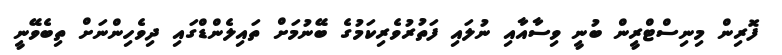
ފޮރިން މިނިސްޓްރީން ބުނީ ވިސާއާއި ނުލައި ފަތުރުވެރިކަމުގެ ބޭނުމަށް ތައިލެންޑްގައި ދިވެހިންނަށް ތިބެވޭނީ